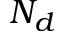
N _ { d }